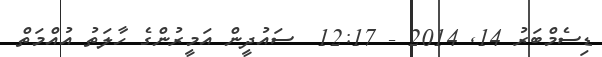
ޑިސެމްބަރު 14